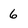
Character: 6